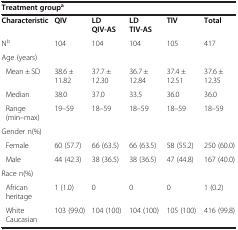
| <COLSPAN=6> Treatment groupa |
 | --- | --- | --- | --- | --- | --- |
 | Characteristic | QIV | LD QIV-AS | LD TIV-AS | TIV | Total |
 | Nb | 104 | 104 | 104 | 105 | 417 |
 | <COLSPAN=6> Age (years) |
 | Mean ± SD | 38.6 ± 11.82 | 37.7 ± 12.30 | 36.7 ± 12.84 | 37.4 ± 12.51 | 37.6 ± 12.35 |
 | Median | 38.0 | 37.0 | 33.5 | 36.0 | 36.0 |
 | Range (min–max) | 19–59 | 18–59 | 18–59 | 18–59 | 18–59 |
 | <COLSPAN=6> Gender n(%) |
 | Female | 60 (57.7) | 66 (63.5) | 66 (63.5) | 58 (55.2) | 250 (60.0) |
 | Male | 44 (42.3) | 38 (36.5) | 38 (36.5) | 47 (44.8) | 167 (40.0) |
 | <COLSPAN=6> Race n(%) |
 | African heritage | 1 (1.0) | 0 | 0 | 0 | 1 (0.2) |
 | White Caucasian | 103 (99.0) | 104 (100) | 104 (100) | 105 (100) | 416 (99.8) |